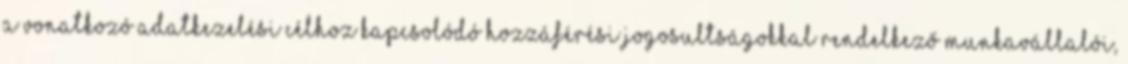
a vonatkozó adatkezelési célhoz kapcsolódó hozzáférési jogosultságokkal rendelkező munkavállalói,